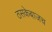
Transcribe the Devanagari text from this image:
ठसकेबाजच